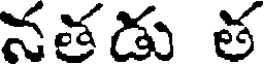
నతడు త